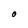
Character: O